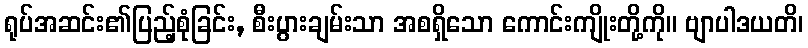
ရုပ်အဆင်း၏ပြည့်စုံခြင်း, စီးပွားချမ်းသာ အစရှိသော ကောင်းကျိုးတို့ကို။ ဗျာပါဒယတိ၊